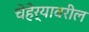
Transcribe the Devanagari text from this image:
चेहेर्‍यावरील